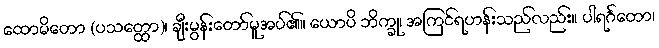
ထောမိတော (ပသတ္ထော)၊ ချီးမွန်းတော်မူအပ်၏။ ယောပိ ဘိက္ခု၊ အကြင်ရဟန်းသည်လည်း။ ပါရင်္ဂတော၊